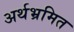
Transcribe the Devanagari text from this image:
अर्थभ्रमित